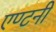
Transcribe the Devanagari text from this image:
एण्टनी